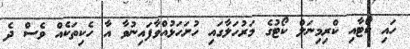
ހައި ކޯޓާއި ކްރިމިނަލް ކޯޓުގެ މަރުހަލާގައި ހުށަހަޅުއްވާފައިނުވާ އާ ހެކިތަކެއް ވެސް ދެ